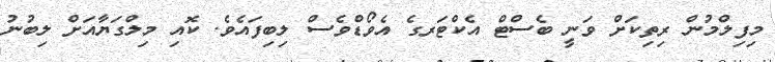
މިފިލްމުން ރިތިކަށް ވަނީ ބެސްޓް އެކްޓަރގެ އެވޯޑްވެސް ލިބިފައެވެ. ކޮއި މިލްގަޔާއަށް ލިބުނު